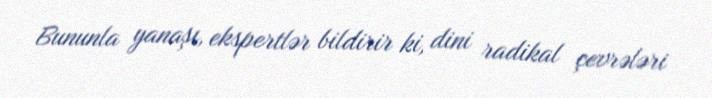
Bununla yanaşı, ekspertlər bildirir ki, dini radikal çevrələri